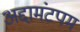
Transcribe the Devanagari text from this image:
अद्दामंटपम